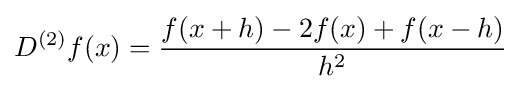
D^{(2)}f(x)={\frac {f(x+h)-2f(x)+f(x-h)}{h^{2}}}